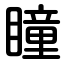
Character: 瞳